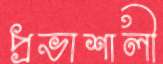
প্রভাশালী